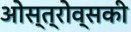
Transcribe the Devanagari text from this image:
ओस्त्रोव्सकी